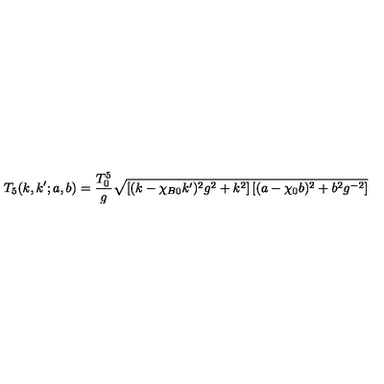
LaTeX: T _ { 5 } ( k , k ^ { \prime } ; a , b ) = \frac { T _ { 0 } ^ { 5 } } { g } \sqrt { \left[ ( k - \chi _ { B 0 } k ^ { \prime } ) ^ { 2 } g ^ { 2 } + k ^ { 2 } \right] \left[ ( a - \chi _ { 0 } b ) ^ { 2 } + b ^ { 2 } g ^ { - 2 } \right] }